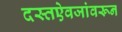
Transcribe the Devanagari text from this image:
दस्तऐवजांवरून